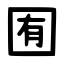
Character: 囿